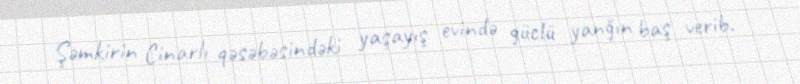
Şəmkirin Cinarlı qəsəbəsindəki yaşayış evində güclü yanğın baş verib.